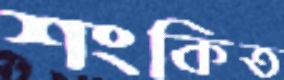
শংকিত